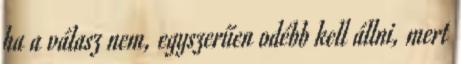
ha a válasz nem, egyszerűen odébb kell állni, mert